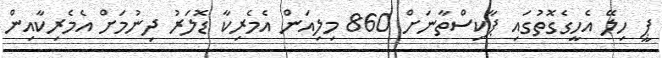
ޕީ ހިލޭ އެހީގެގޮތުގައި ޕާކިސްތާނަށް 860 މިލިއަން އެމެރިކާ ޑޮލަރު ދިނުމަށް އެމެރިކާއިން